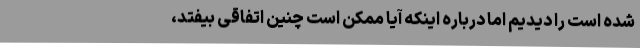
شده است را دیدیم اما درباره اینکه آیا ممکن است چنین اتفاقی بیفتد،